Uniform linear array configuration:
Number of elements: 8
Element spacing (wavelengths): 1
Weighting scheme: kaiser
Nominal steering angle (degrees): -45
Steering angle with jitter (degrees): -44.149
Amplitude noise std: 0.05
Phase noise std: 0.05

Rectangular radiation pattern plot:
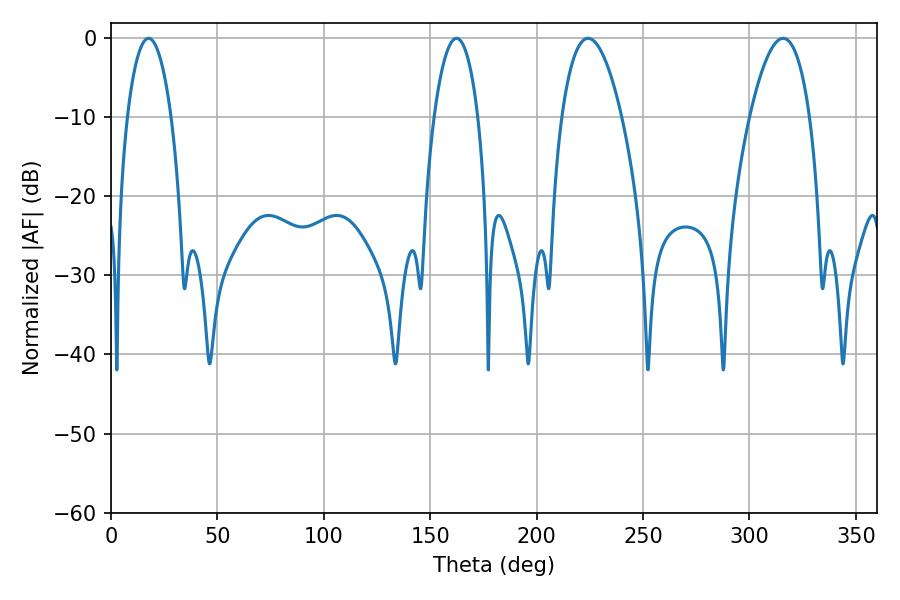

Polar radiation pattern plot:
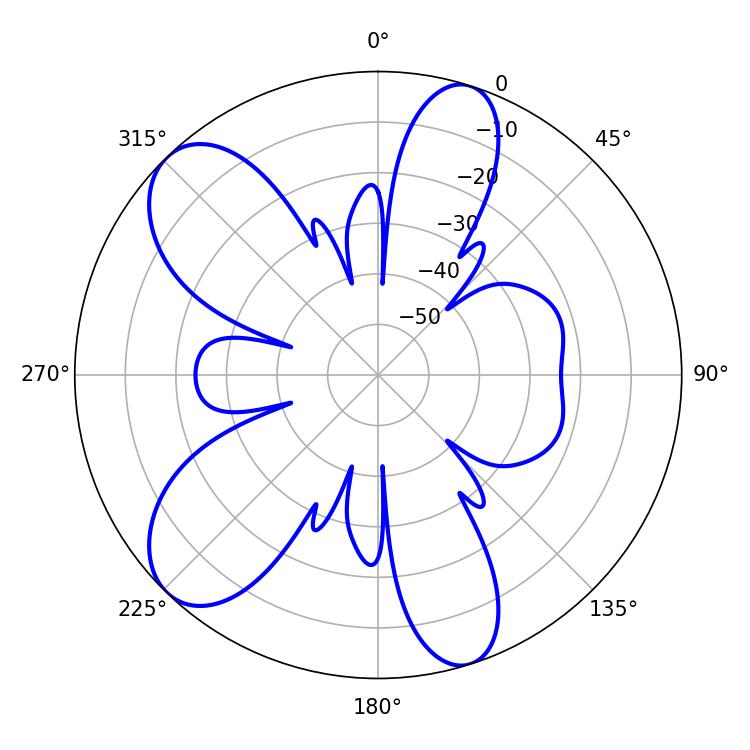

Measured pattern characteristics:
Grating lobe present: TRUE
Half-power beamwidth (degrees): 11.7
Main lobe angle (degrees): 17.64